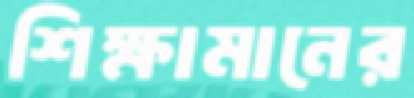
শিক্ষামানের